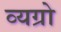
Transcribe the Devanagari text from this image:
व्यग्रो